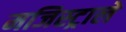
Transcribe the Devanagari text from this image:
मजिस्ट्राले